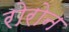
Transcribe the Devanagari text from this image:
रोरोन